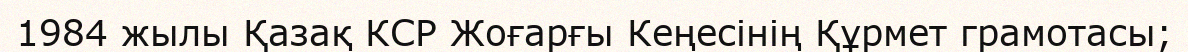
1984 жылы Қазақ КСР Жоғарғы Кеңесінің Құрмет грамотасы;